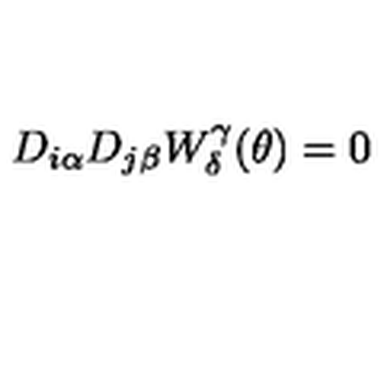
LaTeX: D _ { i \alpha } D _ { j \beta } W _ { \delta } ^ { \gamma } ( \theta ) = 0